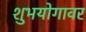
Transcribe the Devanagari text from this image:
शुभयोगावर